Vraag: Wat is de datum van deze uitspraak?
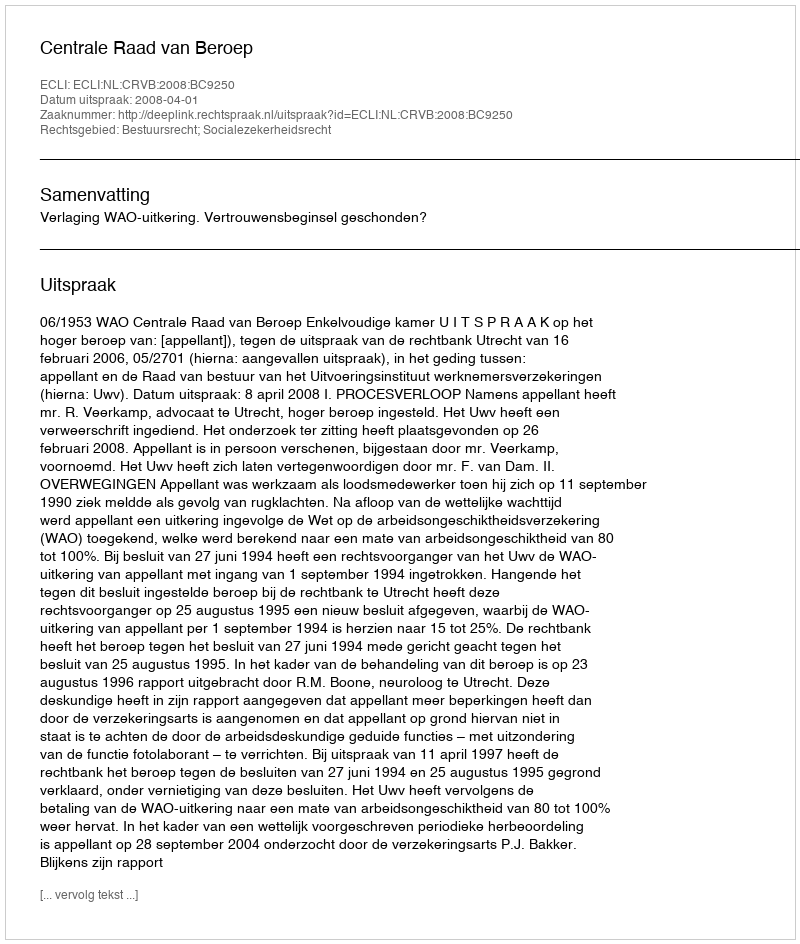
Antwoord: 2008-04-01